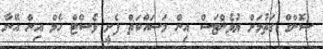
ސޮންގް ގަތުމަށް ޔުވެންޓަސް އިން މަސައްކަތް ފެށީ ވެސްޓް ހެމް އިން އޭނާ